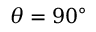
\theta = 9 0 ^ { \circ }